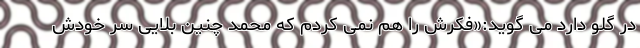
در گلو دارد می گوید:«فکرش را هم نمی کردم که محمد چنین بلایی سر خودش